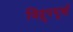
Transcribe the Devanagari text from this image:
विद्रूपपूर्ण